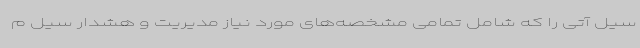
سیل آتی را که شامل تمامی مشخصه‌های مورد نیاز مدیریت و هشدار سیل م